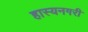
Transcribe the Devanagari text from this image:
हास्यनगरी